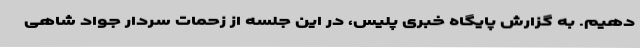
دهیم. به گزارش پایگاه خبری پلیس، در این جلسه از زحمات سردار جواد شاهی